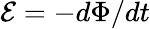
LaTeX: \textstyle{\mathcal{E}}=-d\Phi/dt